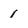
Character: 1